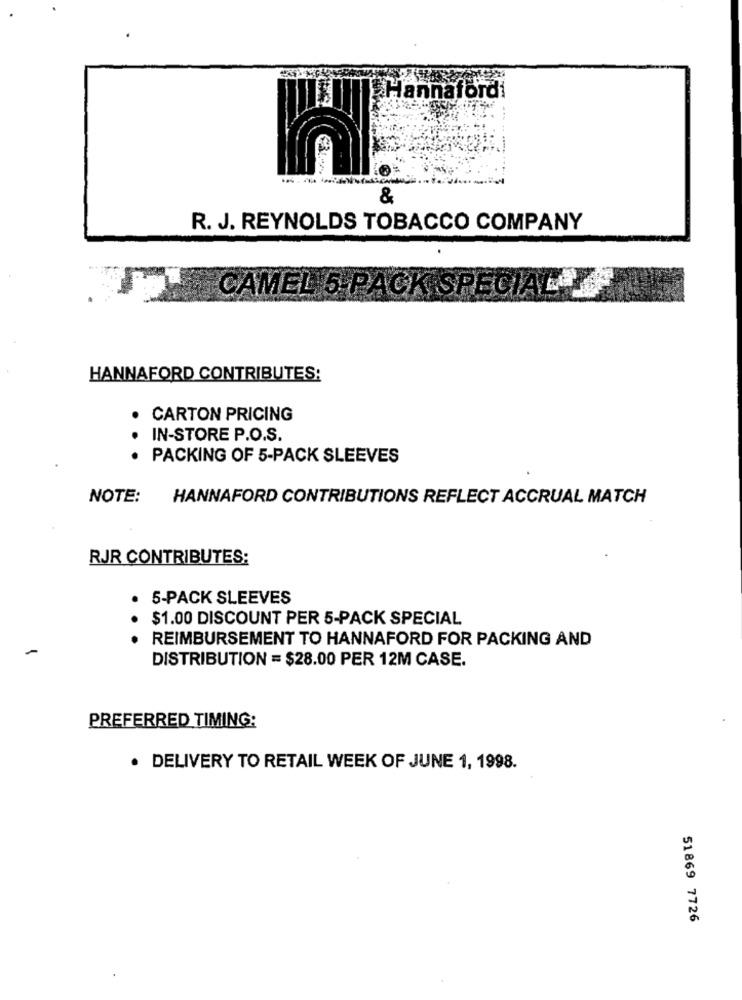
Hannafordi
&
R. J. REYNOLDS TOBACCO COMPANY
CAMEL 5- PACK SPECIAL YF
HANNAFORD CONTRIBUTES:
CARTON PRICING
IN-STORE P.O.S.
. . .
PACKING OF 5-PACK SLEEVES
NOTE:
HANNAFORD CONTRIBUTIONS REFLECT ACCRUAL MATCH
RJR CONTRIBUTES:
5-PACK SLEEVES
$1.00 DISCOUNT PER 5-PACK SPECIAL
. . .
REIMBURSEMENT TO HANNAFORD FOR PACKING AND
-
DISTRIBUTION = $28.00 PER 12M CASE.
PREFERRED TIMING:
· DELIVERY TO RETAIL WEEK OF JUNE 1, 1998.
51869 7726